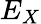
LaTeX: E_{X}